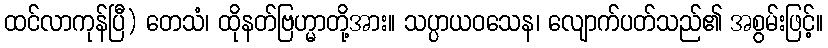
ထင်လာကုန်ပြီ) တေသံ၊ ထိုနတ်ဗြဟ္မာတို့အား။ သပ္ပာယဝသေန၊ လျောက်ပတ်သည်၏ အစွမ်းဖြင့်။